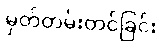
မှတ်တမ်းတင်ခြင်း